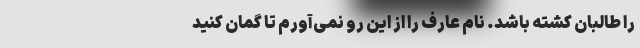
را طالبان کشته باشد. نام عارف را از این رو نمی‌آورم تا گمان کنید